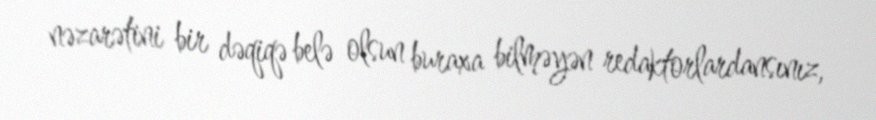
nəzarətini bir dəqiqə belə olsun buraxa bilməyən redaktorlardansınız,